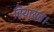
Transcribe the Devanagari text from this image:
रियायत।